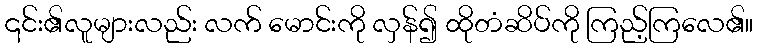
၎င်း၏လူများလည်း လက် မောင်းကို လှန်၍ ထိုတံဆိပ်ကို ကြည့်ကြလေ၏။